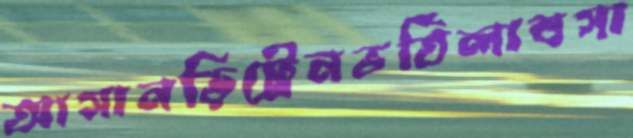
আসানড়িট্রেনভর্তিলাবসা